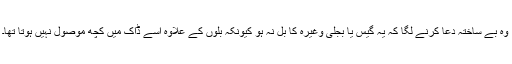
وہ بے ساختہ دعا کرنے لگا کہ یہ گیس یا بجلی وغیرہ کا بل نہ ہو کیونکہ بلوں کے علاوہ اسے ڈاک میں کچھ موصول نہیں ہوتا تھا۔